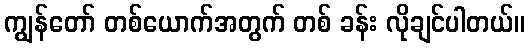
ကျွန်တော် တစ်ယောက်အတွက် တစ် ခန်း လိုချင်ပါတယ်။